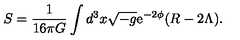
S = \frac { 1 } { 1 6 \pi G } \int d ^ { 3 } x \sqrt { - g } \mathrm { { e } } ^ { - 2 \phi } ( R - 2 \Lambda ) .